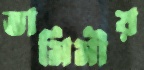
তামিমীয়